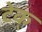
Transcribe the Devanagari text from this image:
टेक्